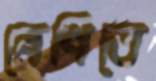
বেণিতে